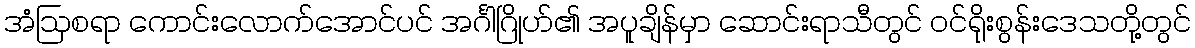
အံဩစရာ ကောင်းလောက်အောင်ပင် အင်္ဂါဂြိုဟ်၏ အပူချိန်မှာ ဆောင်းရာသီတွင် ဝင်ရိုးစွန်းဒေသတို့တွင်